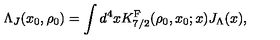
\Lambda _ { J } ( x _ { 0 } , \rho _ { 0 } ) = \int d ^ { 4 } x K _ { 7 / 2 } ^ { \mathrm { F } } ( \rho _ { 0 } , x _ { 0 } ; x ) J _ { \Lambda } ( x ) ,